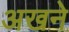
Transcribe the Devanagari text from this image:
अखने